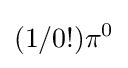
(1/0!)\pi ^{0}